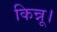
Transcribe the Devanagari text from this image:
किन्नू।